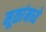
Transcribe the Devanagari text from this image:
मूळांमध्ये